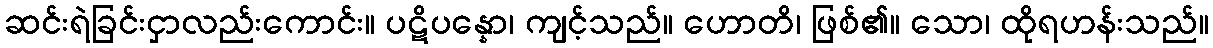
ဆင်းရဲခြင်းငှာလည်းကောင်း။ ပဋိပန္နော၊ ကျင့်သည်။ ဟောတိ၊ ဖြစ်၏။ သော၊ ထိုရဟန်းသည်။